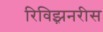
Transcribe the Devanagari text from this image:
रिविझ़नरीस